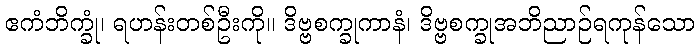
ဧကံဘိက္ခုံ၊ ရဟန်းတစ်ဦးကို။ ဒိဗ္ဗစက္ခုကာနံ၊ ဒိဗ္ဗစက္ခုအဘိညာဉ်ရကုန်သော